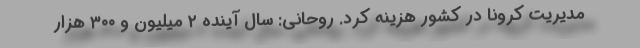
مدیریت کرونا در کشور هزینه کرد. روحانی: سال آینده ۲ میلیون و ۳۰۰ هزار